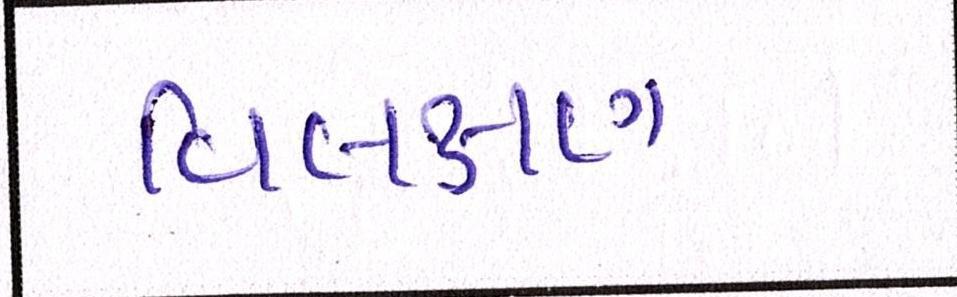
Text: વિલક્ષણ